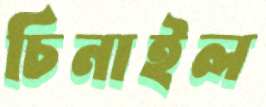
চিনাইল